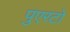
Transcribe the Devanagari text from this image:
पुएरटो